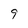
Character: 9